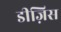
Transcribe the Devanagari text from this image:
डीज़िस